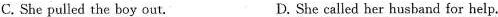
C. She pulled the boy out. D. She called her husband for help.